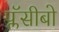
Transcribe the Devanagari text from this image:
प्लॅसीबो